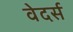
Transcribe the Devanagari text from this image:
वेदर्स